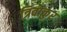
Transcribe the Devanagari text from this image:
त्रिवांकुर